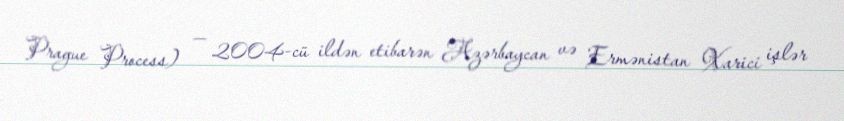
Prague Process) — 2004-cü ildən etibarən Azərbaycan və Ermənistan Xarici işlər